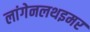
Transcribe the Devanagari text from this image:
लांगेनलथइमर